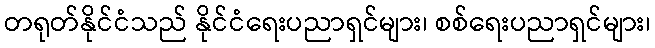
တရုတ်နိုင်ငံသည် နိုင်ငံရေးပညာရှင်များ၊ စစ်ရေးပညာရှင်များ၊